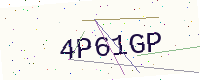
Text: 4P61GP